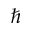
\hbar